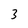
Character: 3